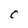
Character: C